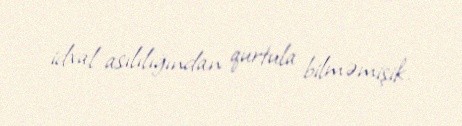
idxal asılılığından qurtula bilməmişik.